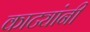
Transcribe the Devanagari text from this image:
काट्यांनी